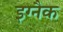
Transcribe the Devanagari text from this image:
इग्नैक